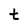
Character: t